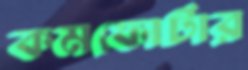
কমফোর্টার